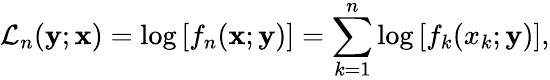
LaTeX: \mathcal{L}_{n}(\mathbf{y};\mathbf{x})=\log\left[f_{n}(\mathbf{x};\mathbf{y})\right]=\sum_{k=1}^{n}\log\left[f_{k}(x_{k};\mathbf{y})\right],